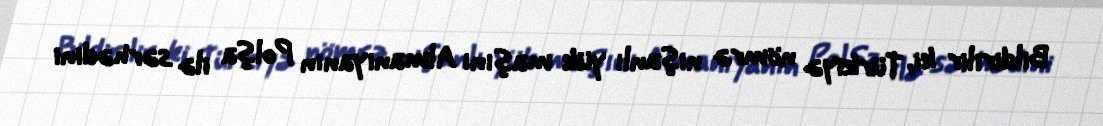
Bildirilir ki, Türkiyə nömrə nişanlı yük maşını Almaniyanın Polşa ilə sərhədini